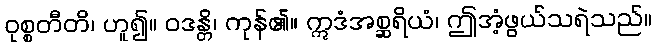
ဝုစ္စတီတိ၊ ဟူ၍။ ဝဒန္တိ၊ ကုန်၏။ ဣဒံအစ္ဆရိယံ၊ ဤအံ့ဖွယ်သရဲသည်။